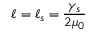
\ell = \ell _ { s } = \frac { \gamma _ { s } } { 2 \mu _ { 0 } }